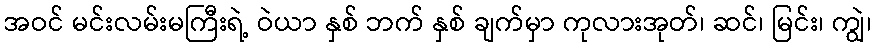
အဝင် မင်းလမ်းမကြီးရဲ့ ဝဲယာ နှစ် ဘက် နှစ် ချက်မှာ ကုလားအုတ်၊ ဆင်၊ မြင်း၊ ကျွဲ၊